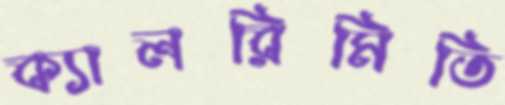
ক্যালরিমিতি